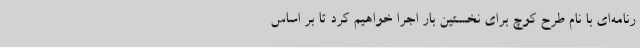
رنامه‌ای با نام طرح کوچ برای نخستین بار اجرا خواهیم کرد تا بر اساس